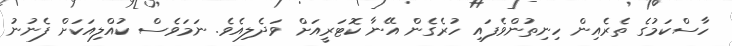
ހާސްކަމުގެ ތެރެއިން ހިނިތުންވެފައި ހުރެގެން އޭނާ ކޮޓަރީއަށް ވަދެލިއެވެ. ނަމަވެސް ކުއްލިއަކަށް ފެނުނު